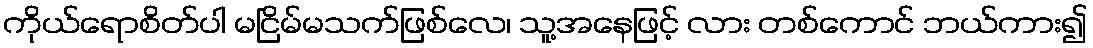
ကိုယ်ရောစိတ်ပါ မငြိမ်မသက်ဖြစ်လေ၊ သူ့အနေဖြင့် လား တစ်ကောင် ဘယ်ကား၍